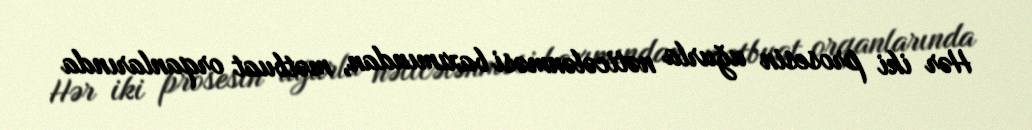
Hər iki prosesin uğurla nəticələnməsi baxımından, mətbuat orqanlarında